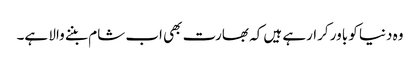
وہ دنیا کو باور کرارہے ہیں کہ بھارت بھی اب شام بننے والا ہے۔